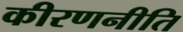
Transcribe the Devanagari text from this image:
कीरणनीति